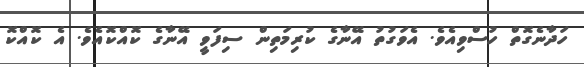
ހަދާނެގޮތް ހުސްވިއެވެ. އެވަގުތު އޭނާގެ ކުރިމަތިން ސިފަވީ އޭނާގެ ކޮއްކޮއެވެ. އެ ކޮއްކޮ